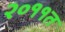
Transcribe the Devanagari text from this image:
२०११त